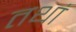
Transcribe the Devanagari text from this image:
तथां